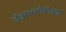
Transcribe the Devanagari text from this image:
ईआरसीसीआई